Civil Veterinary Department. Central Provinces & Berar 1932-41 - 1932-1941
Year: 1932
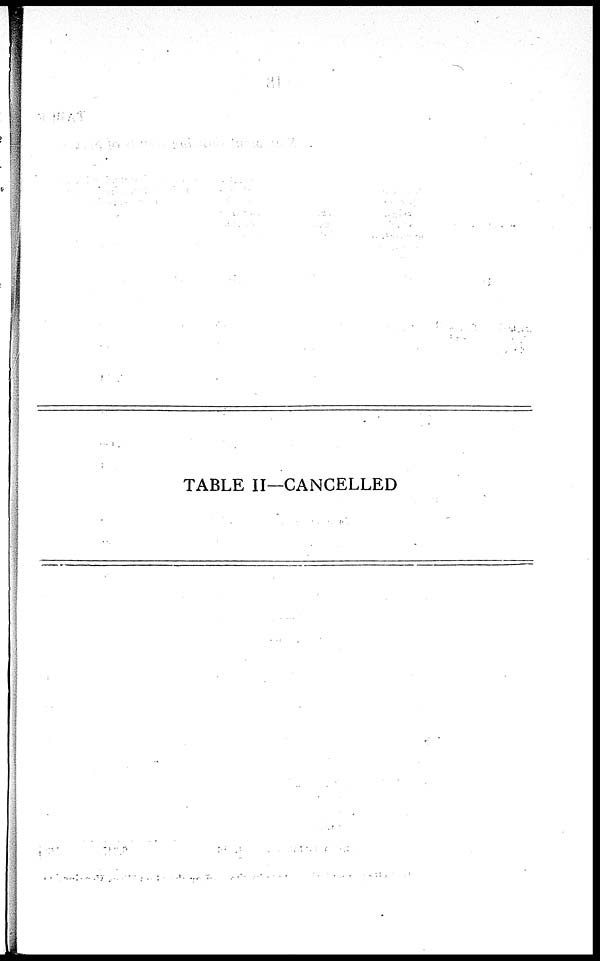
TABLE II—CANCELLED